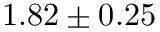
1 . 8 2 \pm 0 . 2 5